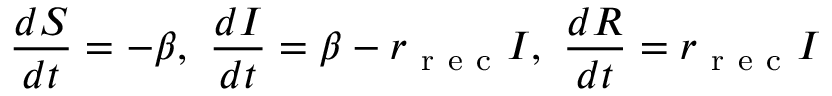
\frac { d S } { d t } = - \beta , \, \, \frac { d I } { d t } = \beta - r _ { \mathrm { ~ r ~ e ~ c ~ } } I , \, \, \frac { d R } { d t } = r _ { \mathrm { ~ r ~ e ~ c ~ } } I